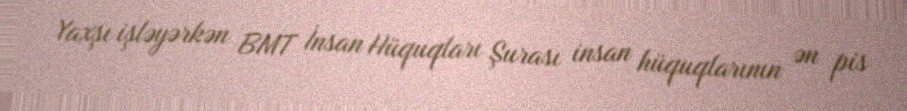
Yaxşı işləyərkən BMT İnsan Hüquqları Şurası insan hüquqlarının ən pis